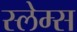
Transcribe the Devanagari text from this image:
स्लेम्स